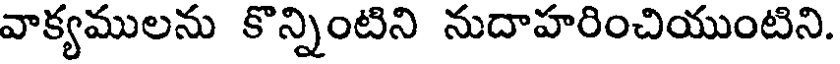
వాక్యములను కొన్నింటిని నుదాహరించియుంటిని.